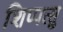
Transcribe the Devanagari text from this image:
शिप्पत्सु